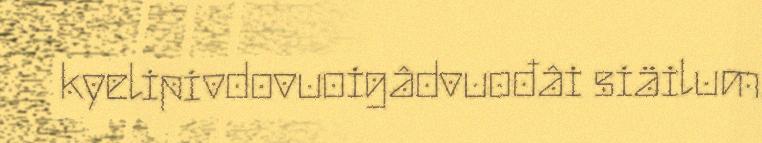
kyelipivdovuoigâdvuođâi siäilum.